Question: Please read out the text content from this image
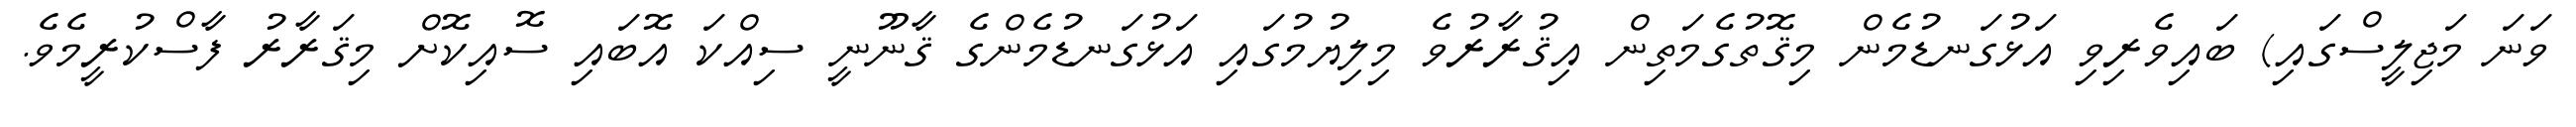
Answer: ވަނަ މަޖިލީސްގައި) ބައިވެރިވި އަޅުގަނޑުމެން މިޤޮތުގެމަތިން އިޤުރާރުވެ މިލިޔުމުގައި އަޅުގަނޑުމެންގެ ޤާނޫނީ ސިއްކަ އޮބައި ސޮއިކޮށް މިޤަރާރު ފާސްކުރީމެވެ.